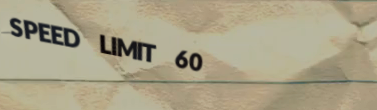
SPEED LIMIT 60